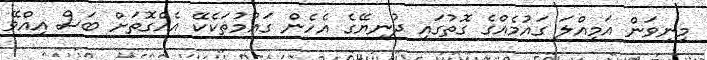
މިނިވަން އަމިއްލަ ގައުމެއްގެ ގޮތުގައި ދުނިޔޭގެ އެހެން ގައުމުތަކެކޭ އެއްގޮތަށް ބަސް އިއްވޭ